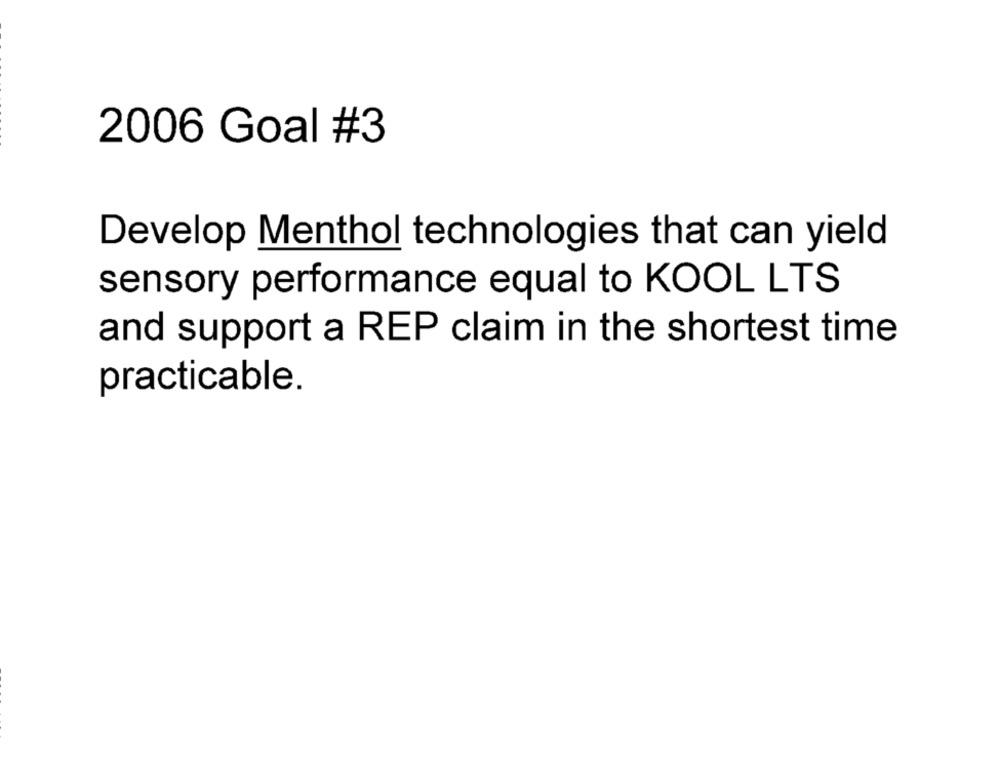
2006 Goal #3
Develop Menthol technologies that can yield
sensory performance equal to KOOL LTS
and support a REP claim in the shortest time
practicable.